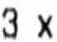
3 X